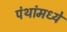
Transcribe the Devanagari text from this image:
पंथांमध्ये